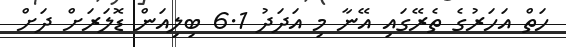
ހަތް އަހަރުގެ ތެރޭގައި އޭނާ މި އަދަދު 6.1 ބިލިއަން ޑޮލަރަށް ދަށް